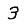
Digit: 3